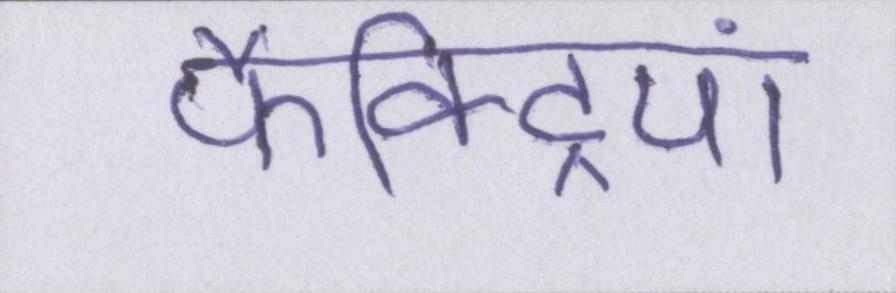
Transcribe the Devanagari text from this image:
फैक्ट्रियां